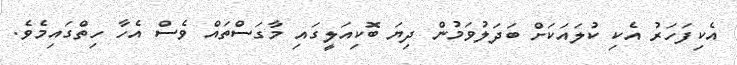
އެކިފަހަރު އެކި ކުލައަކަށް ބަދަލުވަމުން ދިޔަ ބޮކިއަލީގައި މާގަސްތައް ވެސް އެހާ ހިތްގައިމެވެ.